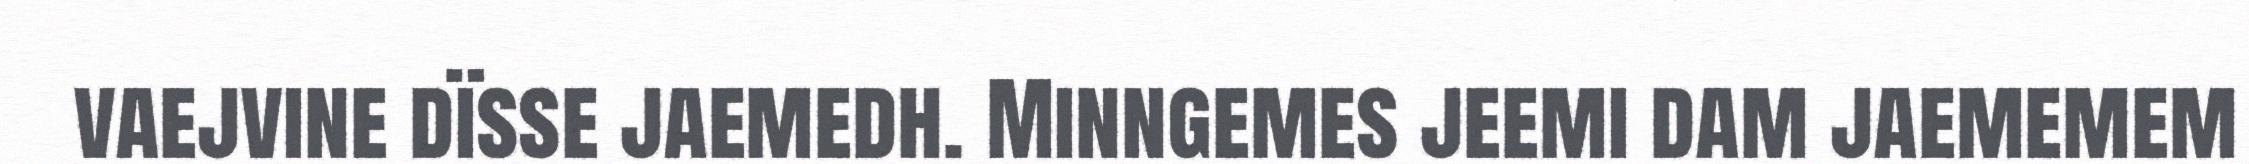
vaejvine dïsse jaemedh. Minngemes jeemi dam jaememem